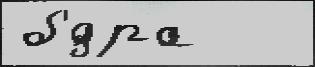
б'́дра